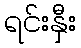
ရင်းနှီး